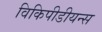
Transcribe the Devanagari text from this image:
विकिपीडीयन्स